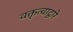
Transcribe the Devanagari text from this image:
वक्तृत्वाद्वारे